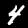
Label: 4